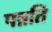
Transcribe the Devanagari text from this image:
पन्नति